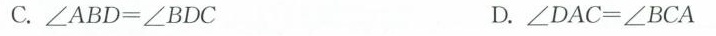
C.$$\angleABD=\angleBDC $$D.$$\angleDAC=\angleBCA$$